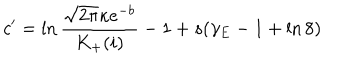
c ^ { \prime } = \ln \frac { \sqrt { 2 \pi } \kappa e ^ { - b } } { K _ { + } ( i ) } - 1 + s ( \gamma _ { E } - 1 + \ln 8 )